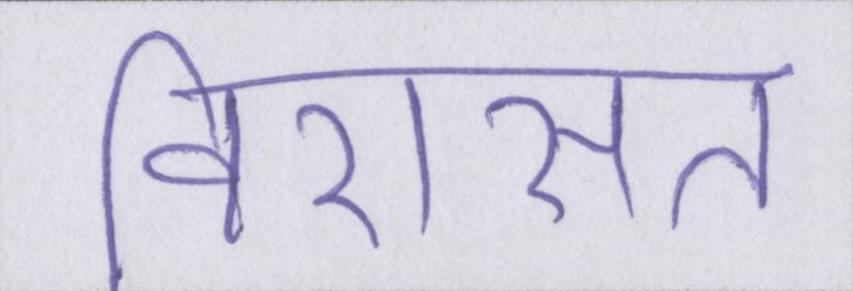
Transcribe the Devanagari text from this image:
विरासत